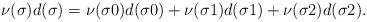
LaTeX: \begin{align*}\nu(\sigma)d(\sigma)=\nu(\sigma0)d(\sigma0)+\nu(\sigma1)d(\sigma1)+\nu(\sigma2)d(\sigma2).\end{align*}